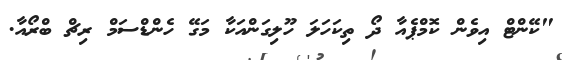
"ކޭންޓް އިވެން ކޮމްޕެއާ ދޯ ތިކަހަލަ ހޫލިގަންއަކާ މަގޭ ހެންޑްސަމް ރިޗް ބްރޯއާ.